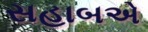
સહાબએ